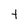
Character: t